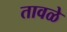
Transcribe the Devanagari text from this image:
तावळे